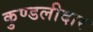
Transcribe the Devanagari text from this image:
कुण्डलीदार